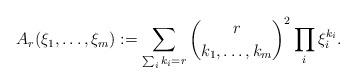
LaTeX: \begin{align*}A_r(\xi_1,\ldots,\xi_m):= \sum_{ \sum_i k_i=r} {\binom{r}{k_1,\dots, k_m}}^2 \prod_i \xi_i^{k_i}.\end{align*}